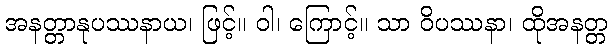
အနတ္တာနုပဿနာယ၊ ဖြင့်။ ဝါ၊ ကြောင့်။ သာ ဝိပဿနာ၊ ထိုအနတ္တ